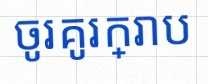
ចូរគូរក្រាប